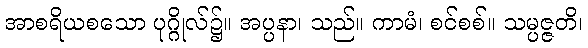
အာစရိယစသော ပုဂ္ဂိုလ်၌။ အပ္ပနာ၊ သည်။ ကာမံ၊ စင်စစ်။ သမ္ပဇ္ဇတိ၊